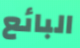
البائع